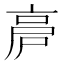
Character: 𠅡